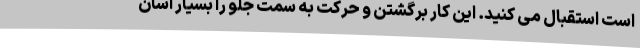
است استقبال می کنید. این کار برگشتن و حرکت به سمت جلو را بسیار آسان